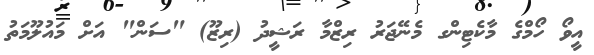
އީވޯ ހޯމްގެ މާކެޓިންގ މެނޭޖަރު ރިޒްމާ ރަޝީދު (ރިޒޫ) "ސަން" އަށް މައުލޫމަތު